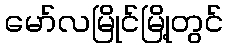
မော်လမြိုင်မြို့တွင်